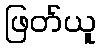
ဖြတ်ယူ